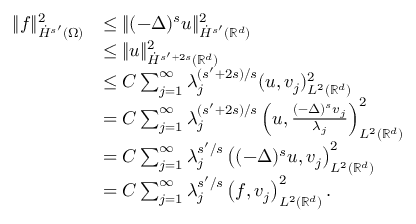
\begin{array} { r l } { \| f \| _ { \dot { H } ^ { s ^ { \prime } } ( \Omega ) } ^ { 2 } } & { \le \| ( - \Delta ) ^ { s } u \| _ { \dot { H } ^ { s ^ { \prime } } ( \mathbb { R } ^ { d } ) } ^ { 2 } } \\ & { \le \| u \| _ { \dot { H } ^ { s ^ { \prime } + 2 s } ( \mathbb { R } ^ { d } ) } ^ { 2 } } \\ & { \le C \sum _ { j = 1 } ^ { \infty } \lambda _ { j } ^ { ( s ^ { \prime } + 2 s ) / s } ( u , v _ { j } ) _ { L ^ { 2 } ( \mathbb { R } ^ { d } ) } ^ { 2 } } \\ & { = C \sum _ { j = 1 } ^ { \infty } \lambda _ { j } ^ { ( s ^ { \prime } + 2 s ) / s } \left( u , \frac { ( - \Delta ) ^ { s } v _ { j } } { \lambda _ { j } } \right) _ { L ^ { 2 } ( \mathbb { R } ^ { d } ) } ^ { 2 } } \\ & { = C \sum _ { j = 1 } ^ { \infty } \lambda _ { j } ^ { s ^ { \prime } / s } \left( ( - \Delta ) ^ { s } u , v _ { j } \right) _ { L ^ { 2 } ( \mathbb { R } ^ { d } ) } ^ { 2 } } \\ & { = C \sum _ { j = 1 } ^ { \infty } \lambda _ { j } ^ { s ^ { \prime } / s } \left( f , v _ { j } \right) _ { L ^ { 2 } ( \mathbb { R } ^ { d } ) } ^ { 2 } . } \end{array}